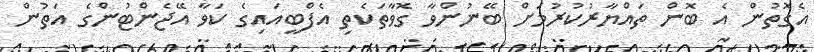
އެގޮތުން އެ ބޮން ތައްޔާރުކުރުމަށް ބޭނުންވާ ގޮވާތަކެތި އެފްބީއައިގެ ކަވާ އޭޖެންޓުންގެ އަތުން